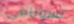
تسونامي